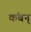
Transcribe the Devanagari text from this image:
कंबन्